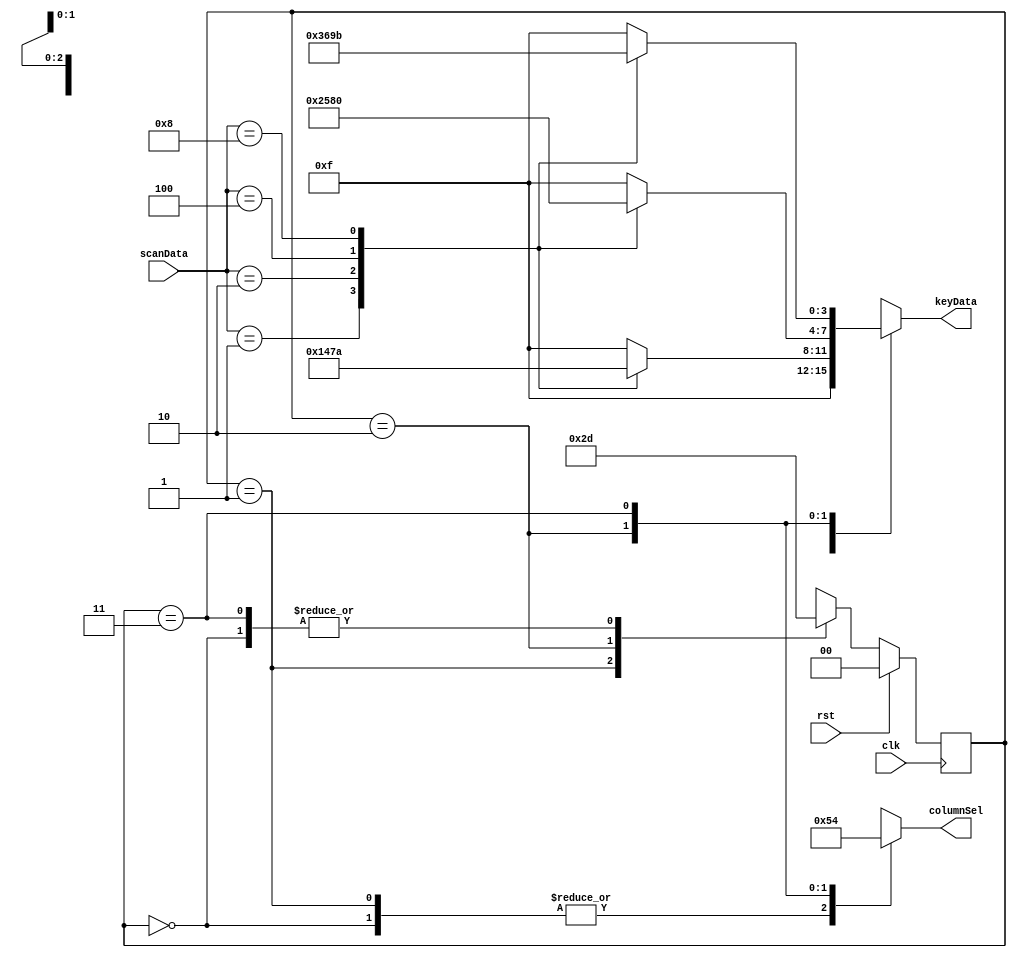
module KeyPad(keyData, columnSel, scanData, rst, clk);
output reg [3:0] keyData;
output reg [2:0] columnSel;
input [3:0] scanData;
input clk, rst;

parameter IDLE = 3'd0;
parameter COL0 = 2'd1;
parameter COL1 = 2'd2;
parameter COL2 = 2'd3;

reg [1:0] currentState, nextState;

always@(posedge clk)
begin
	currentState <= nextState;
end

always@(currentState or rst or scanData)
begin
	if(rst)
	begin
		nextState = IDLE;
	end
	else
	begin
		case(currentState)
			IDLE:nextState = COL0;
			COL0:nextState = COL1;
			COL1:nextState = COL2;
			COL2:nextState = COL0;
			default:nextState = IDLE;
		endcase
	end
end

always@(currentState or scanData)
begin
	case(currentState)
		IDLE:
		begin
			columnSel = 3'b001;
			keyData = 4'hF;
		end
		COL0:
		begin
			columnSel = 3'b001;
			case(scanData)
				4'b0001: keyData = 4'd1;
				4'b0010: keyData = 4'd4;
				4'b0100: keyData = 4'd7;
				4'b1000: keyData = 4'd10;
				default: keyData = 4'hF;
			endcase
		end
		COL1:
		begin
			columnSel = 3'b010;
			case(scanData)
				4'b0001: keyData = 4'd2;
				4'b0010: keyData = 4'd5;
				4'b0100: keyData = 4'd8;
				4'b1000: keyData = 4'd0;
				default: keyData = 4'hF;
			endcase
		end		
		COL2:
		begin
			columnSel = 3'b100;
			case(scanData)
				4'b0001: keyData = 4'd3;
				4'b0010: keyData = 4'd6;
				4'b0100: keyData = 4'd9;
				4'b1000: keyData = 4'd11;
				default: keyData = 4'hF;
			endcase
		end		
		default:
		begin
			columnSel = 3'b001;
			keyData = 4'hF;
		end
	endcase
end

endmodule